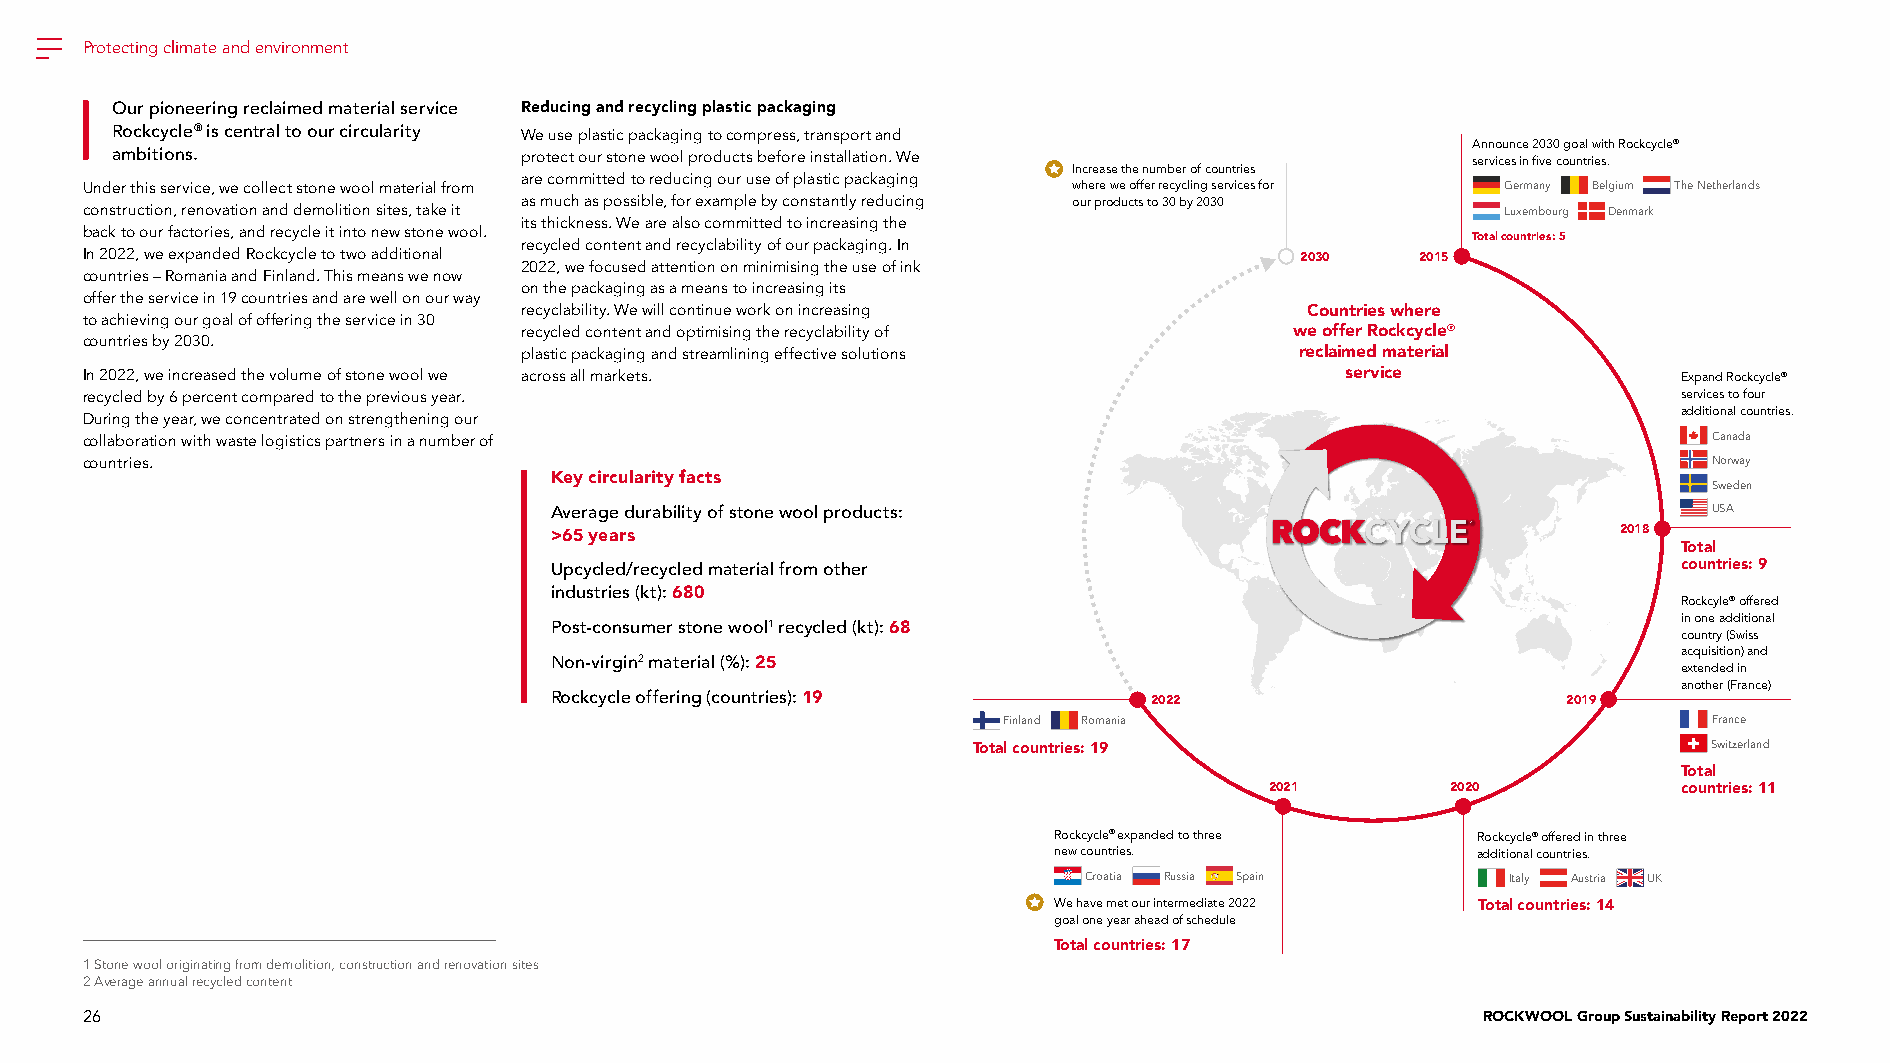
Protecting climate and environment
 Our pioneering reclaimed material service Reducing and recycling plastic packaging
 Rockcycle® is central to our circularity We use plastic packaging to compress, transport and
 Announce 2030 goal with Rockcycle®
 ambitions.                 protect our stone wool products before installation. We        services in five countries.
 Increase the number of countries
 are committed to reducing our use of plastic packaging
 Under this service, we collect stone wool material from           where we offer recycling services for Germany Belgium The Netherlands
 as much as possible, for example by constantly reducing our products to 30 by 2030
 construction, renovation and demolition sites, take it                                         Luxembourg Denmark
 its thickness. We are also committed to increasing the
 back to our factories, and recycle it into new stone wool.                                  Total countries: 5
 recycled content and recyclability of our packaging. In
 In 2022, we expanded Rockcycle to two additional                                 2030    2015
 2022, we focused attention on minimising the use of ink
 countries – Romania and Finland. This means we now
 on the packaging as a means to increasing its
 offer the service in 19 countries and are well on our way
 recyclability. We will continue work on increasing   Countries where
 to achieving our goal of offering the service in 30
 recycled content and optimising the recyclability of we offer Rockcycle®
 countries by 2030.
 plastic packaging and streamlining effective solutions reclaimed material
 In 2022, we increased the volume of stone wool we across all markets.               service               Expand Rockcycle®
 recycled by 6 percent compared to the previous year.                                                      services to four
 additional countries.
 During the year, we concentrated on strengthening our
 collaboration with waste logistics partners in a number of                                                  Canada
 countries.                                                                                                  Norway
 Key circularity facts
 Sweden
 Average durability of stone wool products:                                   USA
 >65 years                                                              2018
 Total
 Upcycled/recycled material from other                                      countries: 9
 industries (kt): 680
 Rockcyle® offered
 in one additional
 Post-consumer stone wool1 recycled (kt): 68
 country (Swiss
 acquisition) and
 Non-virgin2 material (%): 25
 extended in
 another (France)
 Rockcycle offering (countries): 19      2022                        2019
 Finland Romania                                France
 Total countries: 19                              Switzerland
 Total
 2021        2020           countries: 11
 Rockcycle® expanded to three Rockcycle® offered in three
 new countries.              additional countries.
 Croatia Russia Spain        Italy Austria UK
 We have met our intermediate 2022 Total countries: 14
 goal one year ahead of schedule
 Total countries: 17
 1 Stone wool originating from demolition, construction and renovation sites
 2 Average annual recycled content
 26                                                                                           ROCKWOOL Group Sustainability Report 2022